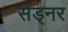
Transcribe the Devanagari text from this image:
सेड्नर